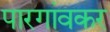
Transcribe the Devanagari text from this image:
पारगांवकर